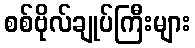
စစ်ဗိုလ်ချုပ်ကြီးများ